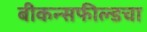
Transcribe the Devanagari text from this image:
बीकन्सफील्डचा